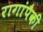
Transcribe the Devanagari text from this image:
रागांपैकी